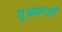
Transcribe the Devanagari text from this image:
गुआन्ग्ज़ी